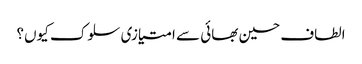
الطاف حسین بھائی سے امتیازی سلوک کیوں؟